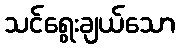
သင်ရွေးချယ်သော